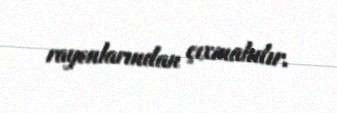
rayonlarından çıxmalıdır.